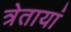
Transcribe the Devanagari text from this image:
त्रेतायां